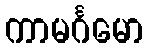
ကာမင်္ဂမော